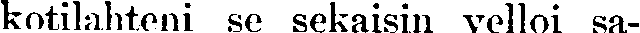
kotilahteni se sekaisin velloi sa-